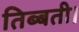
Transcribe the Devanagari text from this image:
तिब्बती।